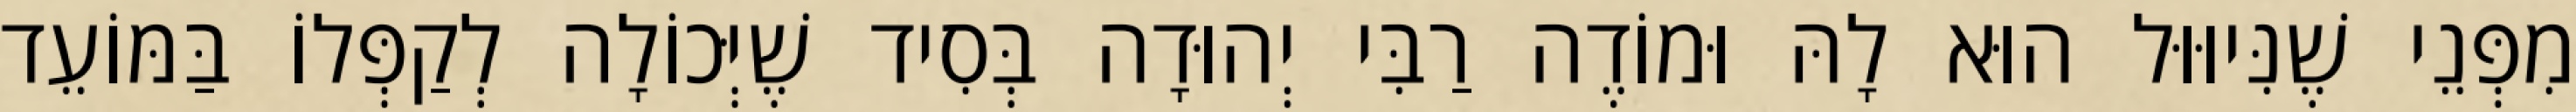
מִפְּנֵי שֶׁנִּיוּוּל הוּא לָהּ וּמוֹדֶה רַבִּי יְהוּדָה בְּסִיד שֶׁיְּכוֹלָה לְקַפְּלוֹ בַּמּוֹעֵד